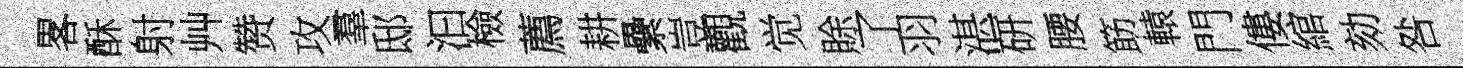
畧酥射艸赞攻羣邸汩檢薦耕纍豈觀觉賖了羽湛研腰筯轅門僂綰劾咎